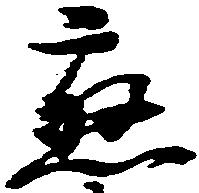
応